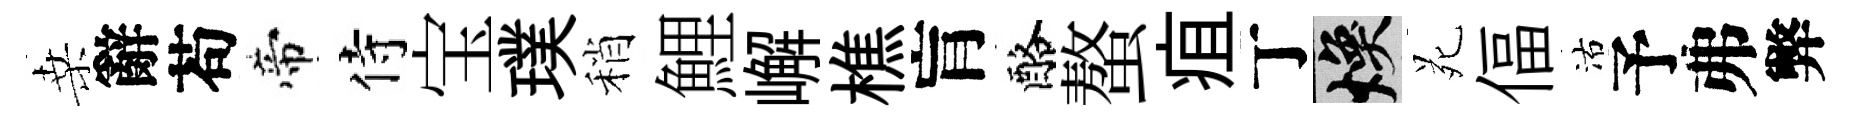
桑辭苟帝侍宝璞稍鯉嶰樵肓酪螯疽丁焕苑偪沽予弗弊